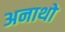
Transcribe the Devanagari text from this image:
अनाथो